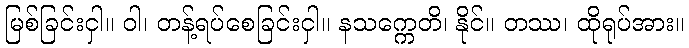
မြစ်ခြင်းငှါ။ ဝါ၊ တန့်ရပ်စေခြင်းငှါ။ နသက္ကေတိ၊ နိုင်။ တဿ၊ ထိုရုပ်အား။